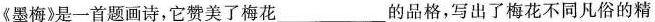
《墨梅》是一首题画诗，它赞美了梅花___的品格，写出了梅花不同凡俗的精